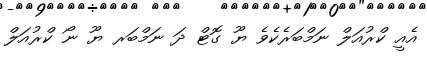
އެއީ ކްރުއަލް ނަމްބަރެކެވެ ޔޫ ގޮޓް ދަ ނަމްބަރ ޔޫ ނޯ ކްރުއަލް